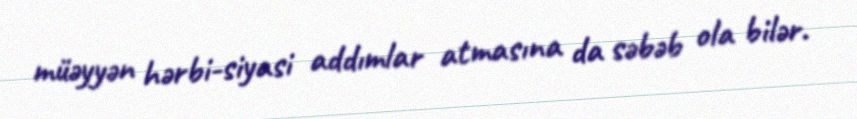
müəyyən hərbi-siyasi addımlar atmasına da səbəb ola bilər.